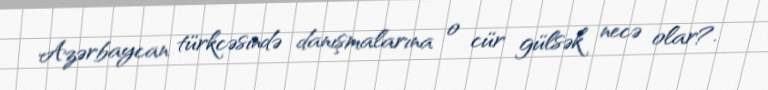
Azərbaycan türkcəsində danışmalarına o cür gülsək necə olar?.